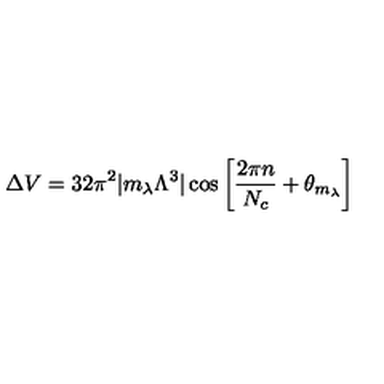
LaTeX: \Delta V = 3 2 \pi ^ { 2 } | m _ { \lambda } \Lambda ^ { 3 } | \cos \left[ { \frac { 2 \pi n } { N _ { c } } } + \theta _ { m _ { \lambda } } \right]